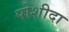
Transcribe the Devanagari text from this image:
पोशीदा